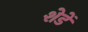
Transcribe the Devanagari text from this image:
शेडें